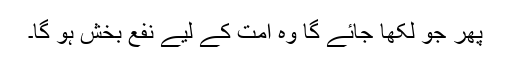
پھر جو لکھا جائے گا وہ امت کے لیے نفع بخش ہو گا۔